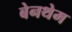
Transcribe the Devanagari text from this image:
बेनथेम